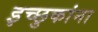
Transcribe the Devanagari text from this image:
इच्छुकांना